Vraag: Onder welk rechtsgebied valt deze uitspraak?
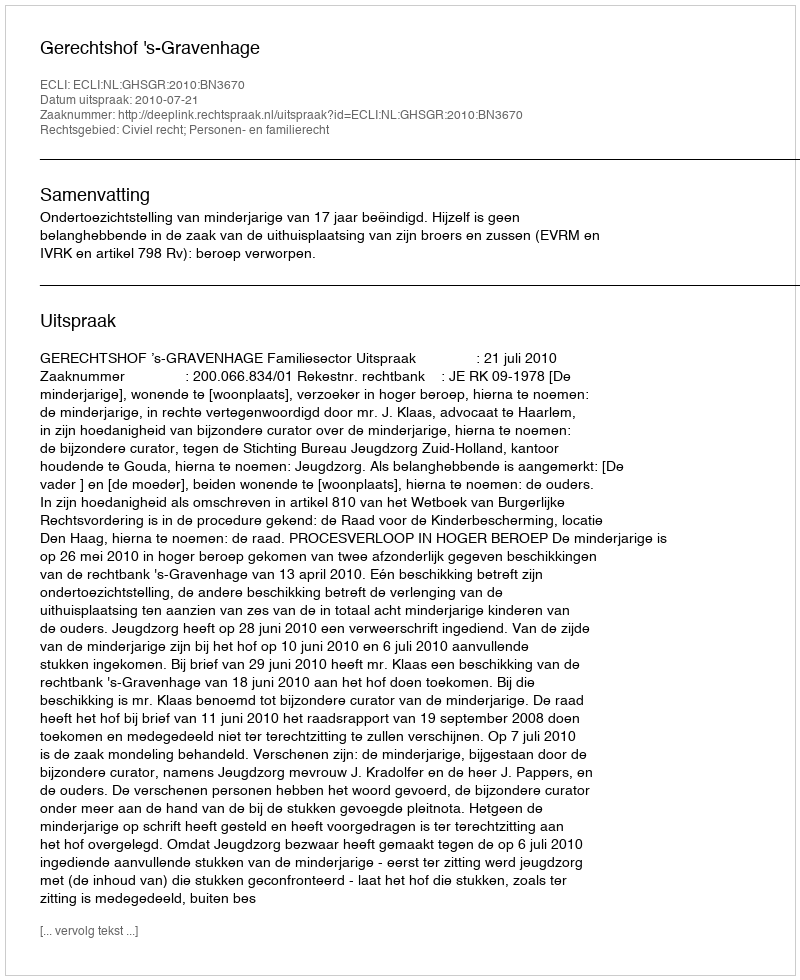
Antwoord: Civiel recht; Personen- en familierecht